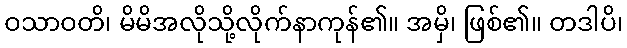
ဝသာဝတိ၊ မိမိအလိုသို့လိုက်နာကုန်၏။ အမှိ၊ ဖြစ်၏။ တဒါပိ၊